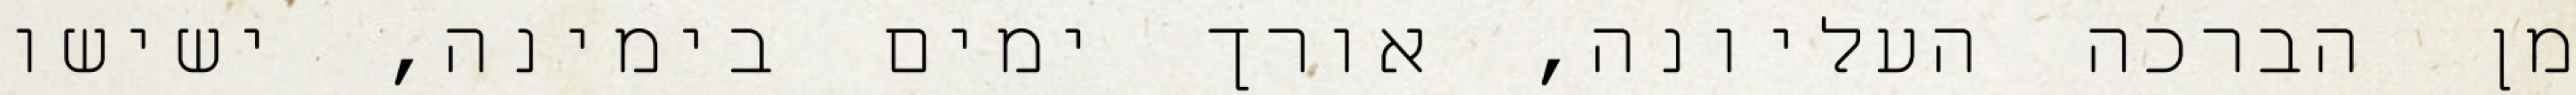
מן הברכה העליונה, אורך ימים בימינה, ישישו